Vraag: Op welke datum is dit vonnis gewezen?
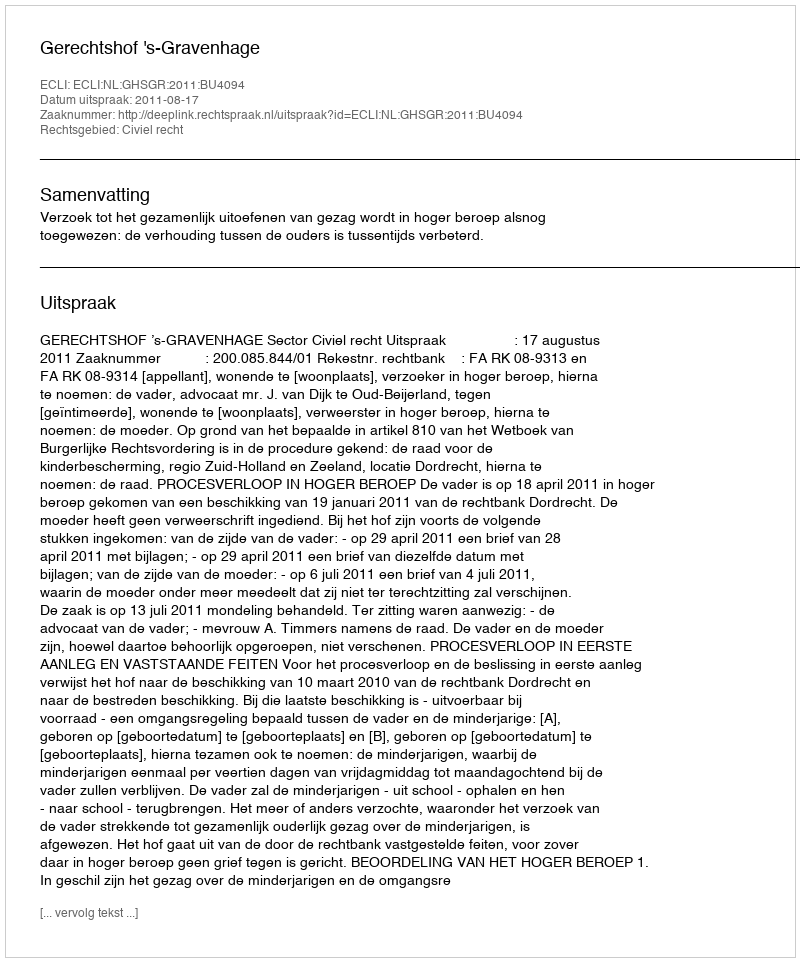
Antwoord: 2011-08-17